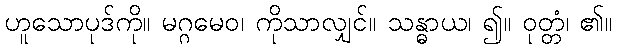
ဟူသောပုဒ်ကို။ မဂ္ဂမေဝ၊ ကိုသာလျှင်။ သန္ဓာယ၊ ၍။ ဝုတ္တံ၊ ၏။